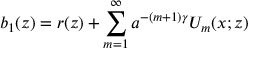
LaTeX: b _ { 1 } ( z ) = r ( z ) + \sum _ { m = 1 } ^ { \infty } a ^ { - ( m + 1 ) \gamma } U _ { m } ( x ; z )